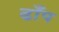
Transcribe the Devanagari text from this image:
ढाँप